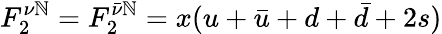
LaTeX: F_{2}^{\nu\mathbb{N}}=F_{2}^{\bar{{\nu}}\mathbb{N}}=x(u+\bar{{u}}+d+\bar{{d}}+2s)